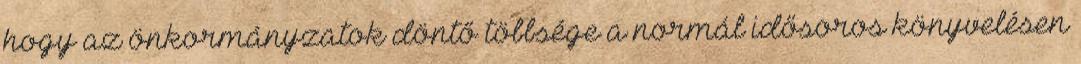
hogy az önkormányzatok döntő többsége a normál idősoros könyvelésen